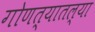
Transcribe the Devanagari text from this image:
गोणत्यातल्या